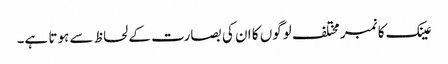
عینک کا نمبر مختلف لوگوں کا ان کی بصارت کے لحاظ سے ہوتا ہے۔